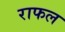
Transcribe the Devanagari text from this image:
राफल